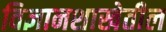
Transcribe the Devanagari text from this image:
विज्ञानशाखेतील